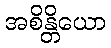
အစိန္တိယော